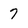
Character: 7